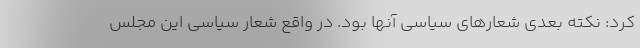
کرد: نکته بعدی شعارهای سیاسی آنها بود. در واقع شعار سیاسی‌ این مجلس